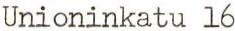
Unioninkatu 16